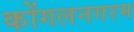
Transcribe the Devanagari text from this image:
कोंगलनगरम